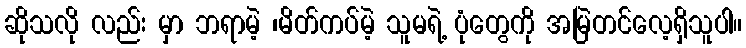
ဆိုသလို လည်း မှာ ဘရာမဲ့ ၊မိတ်ကပ်မဲ့ သူမရဲ့ ပုံတွေကို အမြဲတင်လေ့ရှိသူပါ။